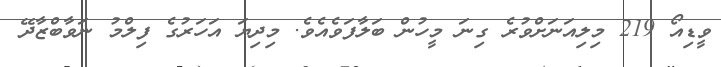
ވީޑިއޯ 219 މިލިއަނަށްވުރެ ގިނަ މީހުން ބަލާފަވެއެވެ. މިދިޔަ އަހަރުގެ ފިލްމު ނަވާބްޒާދޭ